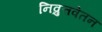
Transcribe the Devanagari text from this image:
निव्रुत्तवेतन